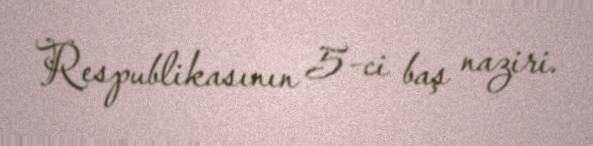
Respublikasının 5-ci baş naziri.